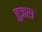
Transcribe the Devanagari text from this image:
हुज़रा